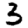
Digit: 3